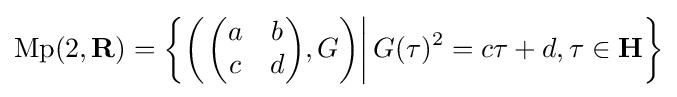
\operatorname {Mp} (2,\mathbf {R} )=\left\{\left(\left.{\begin{pmatrix}a&b\\c&d\end{pmatrix}},G\right)\right|G(\tau )^{2}=c\tau +d,\tau \in \mathbf {H} \right\}